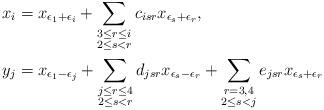
LaTeX: \begin{align*}x_i &= x_{\epsilon_1 + \epsilon_i} + \sum_{\substack{3 \leq r \leq i \\ 2 \leq s < r}}c_{isr}x_{\epsilon_s + \epsilon_r}, \\y_j &= x_{\epsilon_1 - \epsilon_j} + \sum_{\substack{j \leq r \leq 4 \\ 2 \leq s < r}}d_{jsr}x_{\epsilon_s - \epsilon_r} + \sum_{\substack{r = 3, 4 \\ 2 \leq s < j}}e_{jsr}x_{\epsilon_s + \epsilon_r}\end{align*}